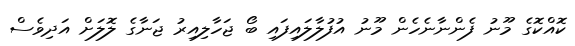
ކޮއްކޮގެ މޫނު ފެންނާނެހެން މޫނު އުފުލާލައިފައި ބޯ ޖަހާލިއިރު ޖަނާގެ ލޮލަށް އަދިވެސް